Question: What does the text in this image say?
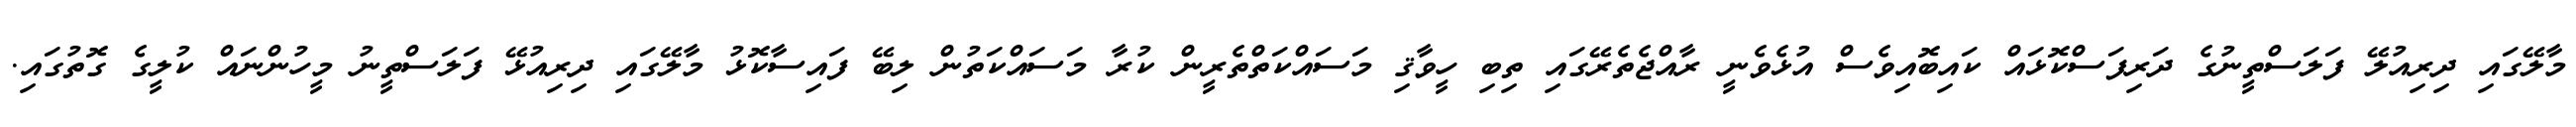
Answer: މާލޭގައި ދިރިއުލޭ ފަލަސްތީނުގެ ދަރިފަސްކޮޅައް ކައިބޮއިވެސް އުޅެވެނީ ރާއްޖެތެރޭގައި ތިބި ހީވާޤި މަސައްކަތްތެރީން ކުރާ މަސައްކަތުން ލިބޭ ފައިސާކޮޅު މާލޭގައި ދިރިއުޅޭ ފަލަސްތީނު މީހުންނައް ކުލީގެ ގޮތުގައި.